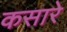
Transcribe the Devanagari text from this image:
कसारे